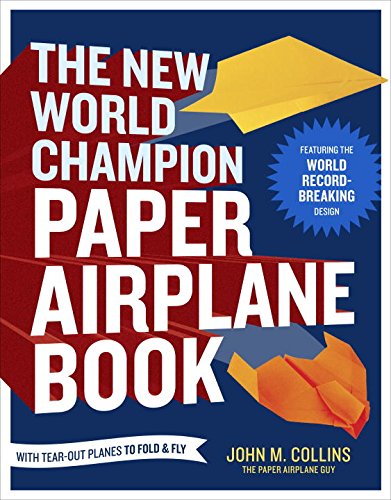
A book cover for The New World Champion Paper Airplane Book: Featuring the World Record-Breaking Design, with Tear-Out Planes to Fold and Fly; John M. Collins; Engineering & Transportation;